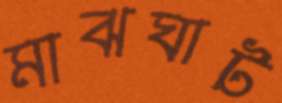
মাঝঘাট